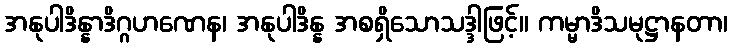
အနုပါဒိန္နာဒိဂ္ဂဟဏေန၊ အနုပါဒိန္န အစရှိသောသဒ္ဒါဖြင့်။ ကမ္မာဒိသမုဋ္ဌာနတာ၊